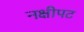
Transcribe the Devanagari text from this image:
नक्षीपट